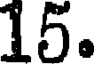
15.